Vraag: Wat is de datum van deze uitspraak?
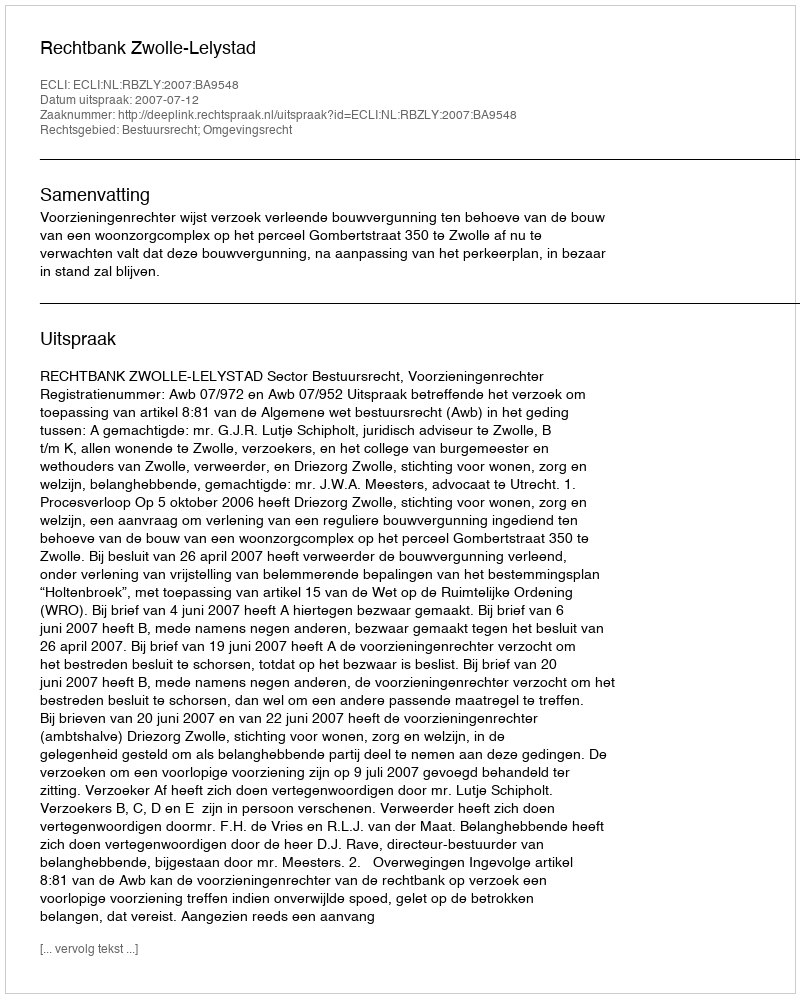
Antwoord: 2007-07-12